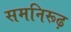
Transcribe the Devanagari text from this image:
समनिरूढ़